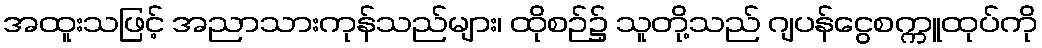
အထူးသဖြင့် အညာသားကုန်သည်များ၊ ထိုစဉ်၌ သူတို့သည် ဂျပန်ငွေစက္ကူထုပ်ကို